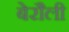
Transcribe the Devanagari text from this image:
बेरौली